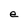
Character: e